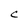
Character: C